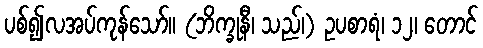
ပစ်၍လအပ်ကုန်သော်။ (ဘိက္ခုနီ၊ သည်၊) ဥပစာရံ၊ ၁၂၊ တောင်